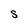
Character: s